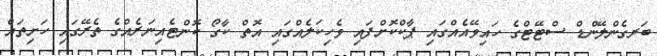
ބަރގެންލޭންޑް ސްޓޭޓްގެ ހައިވޭއެއްގައި ޕާކްކޮށްފައި ވެހިކަލެއްގައި އޮތް ކާގޯ ކޮންޓެއިނަރެއްގެ ތެރޭގައި ހަށިތައް